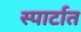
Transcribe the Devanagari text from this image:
स्पार्टात